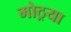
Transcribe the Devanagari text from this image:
मोठ्रया